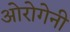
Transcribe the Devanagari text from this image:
ओरोगेनी